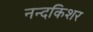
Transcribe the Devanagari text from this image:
नन्दकिशर